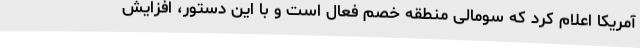
آمریکا اعلام کرد که سومالی منطقه خصم فعال است و با این دستور، افزایش